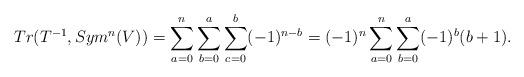
LaTeX: \begin{align*}Tr(T^{-1}, Sym^n(V)) &= \sum_{a=0}^n \sum_{b=0}^a \sum_{c=0}^b (-1)^{n-b} = (-1)^{n} \sum_{a=0}^n \sum_{b=0}^a (-1)^{b}(b+1). \end{align*}